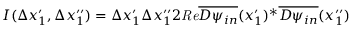
I ( \Delta x _ { 1 } ^ { \prime } , \Delta x _ { 1 } ^ { \prime \prime } ) = \Delta x _ { 1 } ^ { \prime } \Delta x _ { 1 } ^ { \prime \prime } 2 { \it R e } \overline { { { D \psi _ { i n } } } } ( x _ { 1 } ^ { \prime } ) ^ { * } \overline { { { D \psi _ { i n } } } } ( x _ { 1 } ^ { \prime \prime } )